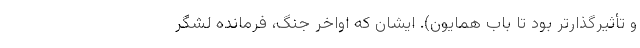
و تأثیرگذارتر بود تا بابِ همایون). ایشان که اواخر جنگ، فرمانده لشگر